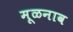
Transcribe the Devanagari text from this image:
मूळनाव